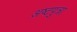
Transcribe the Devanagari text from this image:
अष्टपुत्रा